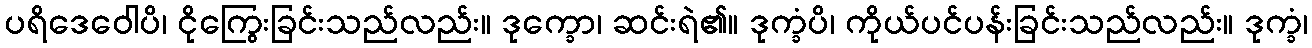
ပရိဒေဝေါပိ၊ ငိုကြွေးခြင်းသည်လည်း။ ဒုက္ခော၊ ဆင်းရဲ၏။ ဒုက္ခံပိ၊ ကိုယ်ပင်ပန်းခြင်းသည်လည်း။ ဒုက္ခံ၊